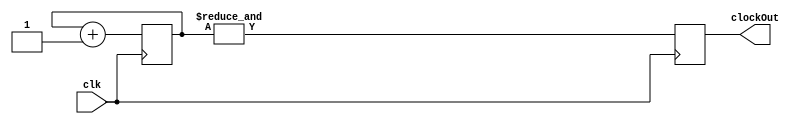
`timescale 1ns / 1ps
//////////////////////////////////////////////////////////////////////////////////
// Company: 
// Engineer: 
// 
// Design Name: 
// Module Name:    timeDivider 
// Project Name: 
// Target Devices: 
// Tool versions: 
// Description: 
//
// Dependencies: 
//
// Revision: 
// Revision 0.01 - File Created
// Additional Comments: 
//
//////////////////////////////////////////////////////////////////////////////////
module timeDivider(
    input clk,
    output reg clockOut
    );
	 
	 reg [23:0]buffer;
	 
	 initial
	 begin
	     buffer = 0;
		  clockOut = 0;
	 end
	 
	 always@(posedge clk)
	 begin
	     buffer <= buffer + 1;
		  clockOut <= &buffer;
	 end


endmodule